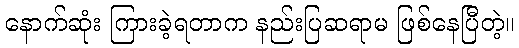
နောက်ဆုံး ကြားခဲ့ရတာက နည်းပြဆရာမ ဖြစ်နေပြီတဲ့။